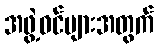
အဖွဲ့ဝင်များအတွက်